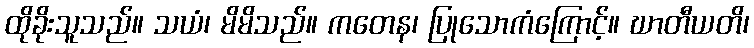
ထိုခိုးသူသည်။ သယံ၊ မိမိသည်။ ကတေန၊ ပြုသောကံကြောင့်။ ဃာတီယတိ၊